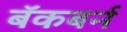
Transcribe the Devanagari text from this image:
बॅकबर्न